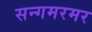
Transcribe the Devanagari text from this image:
सन्गमरमर